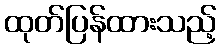
ထုတ်ပြန်ထားသည့်